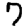
Digit: 7